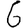
Digit: 6